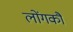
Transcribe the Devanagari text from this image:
लोंगकौ